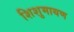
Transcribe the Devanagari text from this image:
शिशुमायण